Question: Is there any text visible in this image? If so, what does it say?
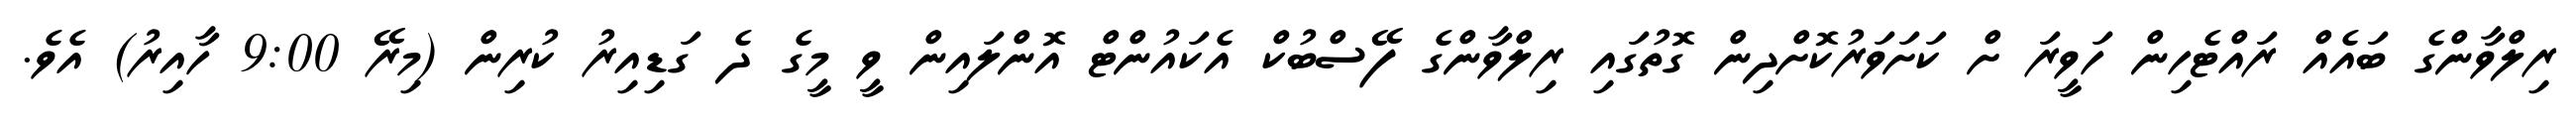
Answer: ރިލްވާންގެ ބައެއް ރައްޓެހިން ހަވީރަ ށް ކަށަވަރުކޮށްދިން ގޮތުގައި ރިލްވާންގެ ފޭސްބުކް އެކައުންޓް އޮންލައިން ވީ މީގެ ދެ ގަޑިއިރު ކުރިން (މިރޭ 9:00 ހާއިރު) އެވެ.